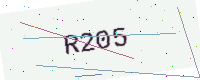
Text: R205